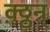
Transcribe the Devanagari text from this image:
क़्ठ्ठन्र्